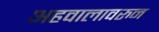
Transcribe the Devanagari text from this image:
अहवालावरुन